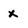
Character: x